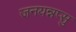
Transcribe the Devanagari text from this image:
जनयन्नप्सु